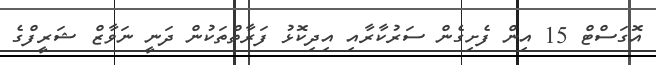
އޮގަސްޓް 15 އިން ފެށިގެން ސަރުކާރާއި އިދިކޮޅު ފަރާތްތަކުން ދަނީ ނަވާޒް ޝަރީފްގެ